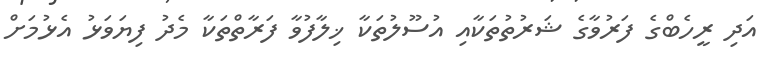
އަދި ރީހެބްގެ ފަރުވާގެ ޝަރުތުތަކާއި އުސޫލުތަކާ ޚިލާފުވާ ފަރާތްތަކާ މެދު ފިޔަވަޅު އެޅުމަށް